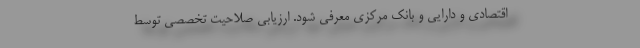
اقتصادی و دارایی و بانک مرکزی معرفی شود. ارزیابی صلاحیت تخصصی توسط